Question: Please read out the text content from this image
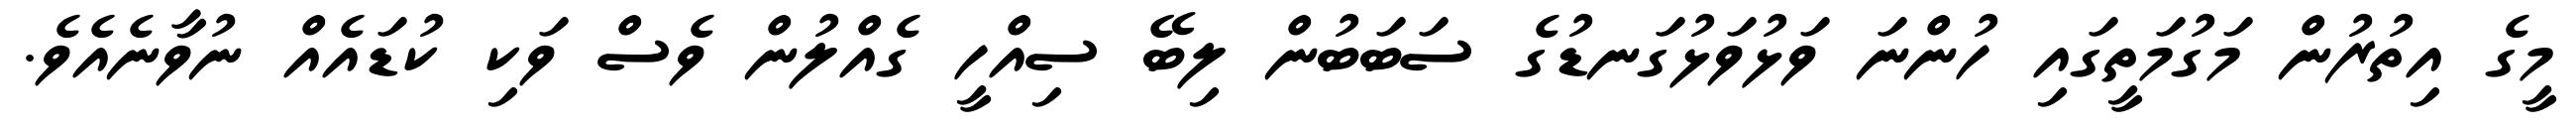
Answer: މީގެ އިތުރުން މަގުމަތީގައި ހުންނަ ވަޅުވަޅުގަނޑުގެ ސަބަބުން ލިބޭ ސިއްހީ ގެއްލުން ވެސް ވަކި ކުޑައެއް ނުވާނެއެވެ.